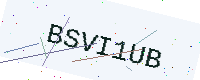
Text: BSVI1UB